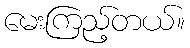
မေးကြည့်တယ်။